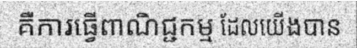
គឺការធ្វើពាណិជ្ជកម្ម ដែលយើងបាន